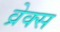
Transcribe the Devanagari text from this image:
व्रेक्स